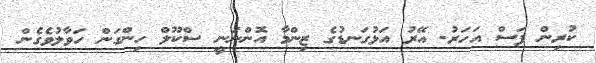
ކުރިން ފަސް އަހަރު. އޭރު އަޅުގަނޑުގެ ޒިންމާ އޮންނަނީ ސްކޫލް ހިންގަން ހަވާލުވެގެން